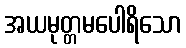
အယမုတ္တမပေါရိသော